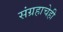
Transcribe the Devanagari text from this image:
संग्रहाचेही